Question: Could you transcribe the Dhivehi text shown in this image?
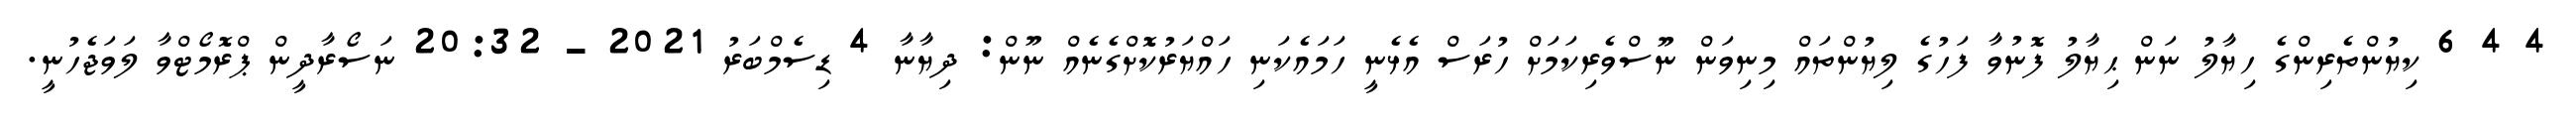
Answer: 4 4 6 ކިޔުންތެރިންގެ ހިޔާލު ނަން ޙިޔާލު ފޮނުވާ ފަހުގެ ލިޔުންތައް މިނިވަން ނޫސްވެރިކަމަށް ހުރަސް އެޅެނީ ހަމައެކަނި ހައްޔަރުކޮށްގެނެއް ނޫން: ދިޔާނާ 4 ޑިސެމްބަރު 2021 - 20:32 ނަސޯރާދީން ޕްރޮމޯޓްވާ ލަވަޖެހުނީ.